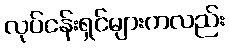
လုပ်ငန်းရှင်များကလည်း